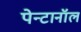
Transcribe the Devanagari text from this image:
पेन्टानॉल